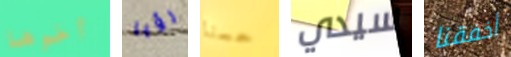
أخوها رؤيا حسنا سيدي أخفقنا